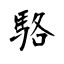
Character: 駱